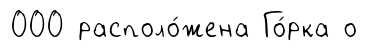
000 располо́жена Го́рка о